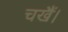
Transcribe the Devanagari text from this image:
चखैं।